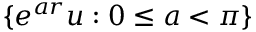
\lbrace e ^ { a r } u : 0 \leq a < \pi \rbrace